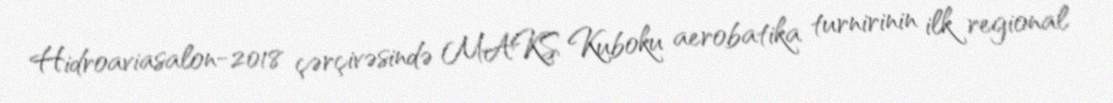
Hidroaviasalon-2018 çərçivəsində MAKS Kuboku aerobatika turnirinin ilk regional